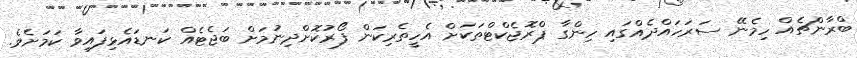
ބްރާންޗެއް ހިމެނޭ ސަރަހައްދެއްގައި ހިންގާ ޕްރޮޖެކްޓްތަކަށް އެހީތެރިކަން ފޯރުކޮށްދިނުމަށް ބަޖެޓެއް ކަނޑައެޅިފައިވާ ކަމަށެވެ.